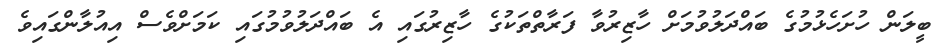
ބީލަން ހުށަހެޅުމުގެ ބައްދަލުވުމަށް ހާޒިރުވާ ފަރާތްތަކުގެ ހާޒިރުގައި އެ ބައްދަލުވުމުގައި ކަމަށްވެސް އިއުލާންގައިވެ